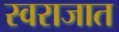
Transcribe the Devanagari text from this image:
स्वराजात